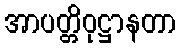
အာပတ္တိဝုဋ္ဌာနတာ